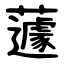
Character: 蘧